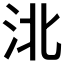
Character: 𰛗